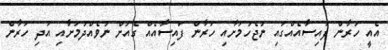
އެއީ ހަރާން ފައިސާއެއްގައި ނުޖެހުމަށާއި ހަރާން ފައިސާއެއް ގެއަށް ނުވެއްދުމަށާއި އަދި ހަރާން